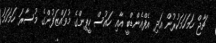
ޗާޖް ހަމަހަމަކުރުން އަދި އެފްއެންޑްބީ އާއި ހައުސް ކީޕިންގެ މުވައްޒަފުންގެ މުސާރަ ހަމަހަމަ